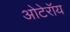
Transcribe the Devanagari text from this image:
ओटेरॉय